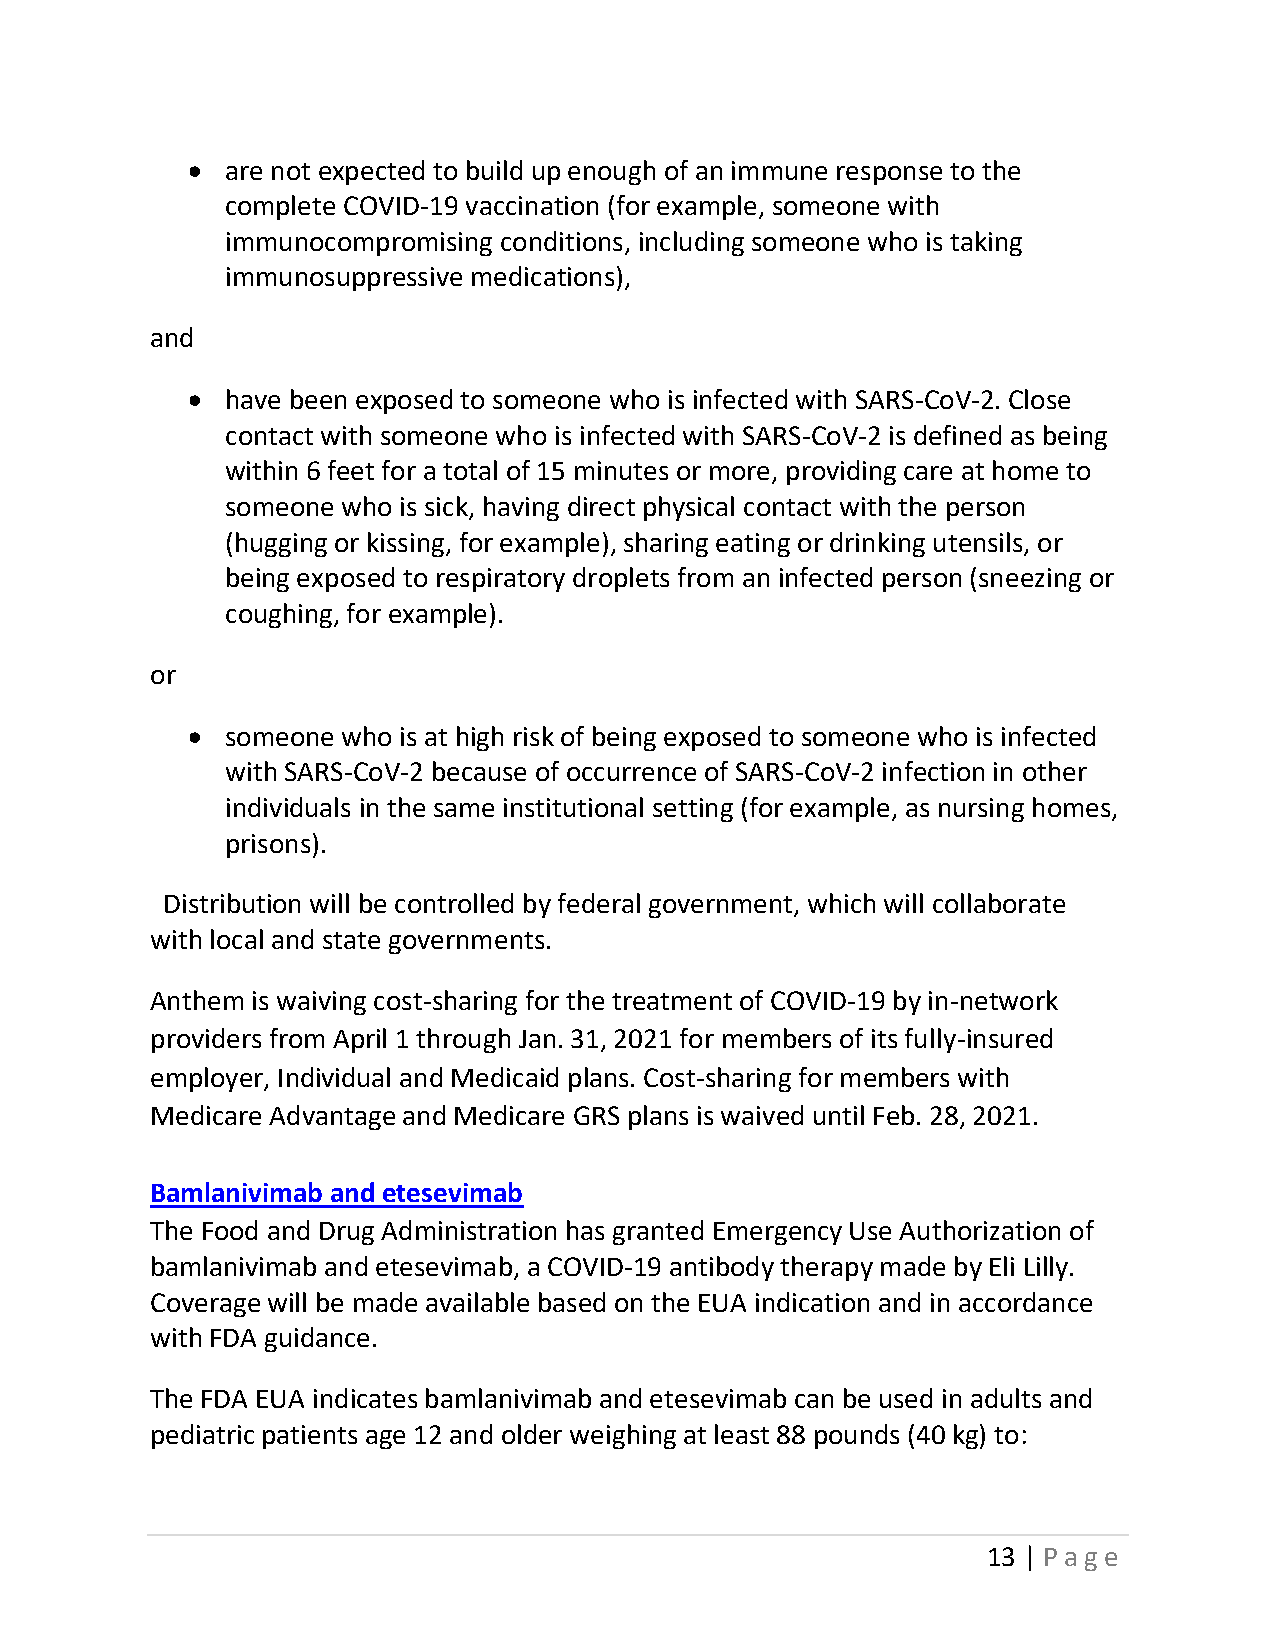
•  are not expected to build up enough of an immune response to the
 complete COVID-19 vaccination (for example, someone with
 immunocompromising conditions, including someone who is taking
 immunosuppressive medications),
 and
 •  have been exposed to someone who is infected with SARS-CoV-2. Close
 contact with someone who is infected with SARS-CoV-2 is defined as being
 within 6 feet for a total of 15 minutes or more, providing care at home to
 someone who is sick, having direct physical contact with the person
 (hugging or kissing, for example), sharing eating or drinking utensils, or
 being exposed to respiratory droplets from an infected person (sneezing or
 coughing, for example).
 or
 •  someone who is at high risk of being exposed to someone who is infected
 with SARS-CoV-2 because of occurrence of SARS-CoV-2 infection in other
 individuals in the same institutional setting (for example, as nursing homes,
 prisons).
 Distribution will be controlled by federal government, which will collaborate
 with local and state governments.
 Anthem is waiving cost-sharing for the treatment of COVID-19 by in-network
 providers from April 1 through Jan. 31, 2021 for members of its fully-insured
 employer, Individual and Medicaid plans. Cost-sharing for members with
 Medicare Advantage and Medicare GRS plans is waived until Feb. 28, 2021.
 Bamlanivimab and etesevimab
 The Food and Drug Administration has granted Emergency Use Authorization of
 bamlanivimab and etesevimab, a COVID-19 antibody therapy made by Eli Lilly.
 Coverage will be made available based on the EUA indication and in accordance
 with FDA guidance.
 The FDA EUA indicates bamlanivimab and etesevimab can be used in adults and
 pediatric patients age 12 and older weighing at least 88 pounds (40 kg) to:
 13 | Page